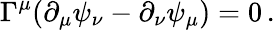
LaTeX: \Gamma^{\mu}(\partial_{\mu}\psi_{\nu}-\partial_{\nu}\psi_{\mu})=0\, .